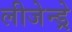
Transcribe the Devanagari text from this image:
लीजेन्ड्रे